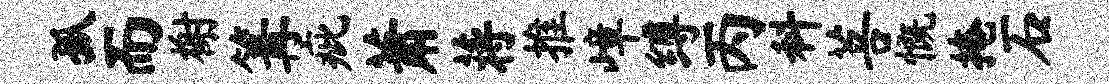
孤而榭篝疵萧蒋推嶂缚丙料菩慨掩石